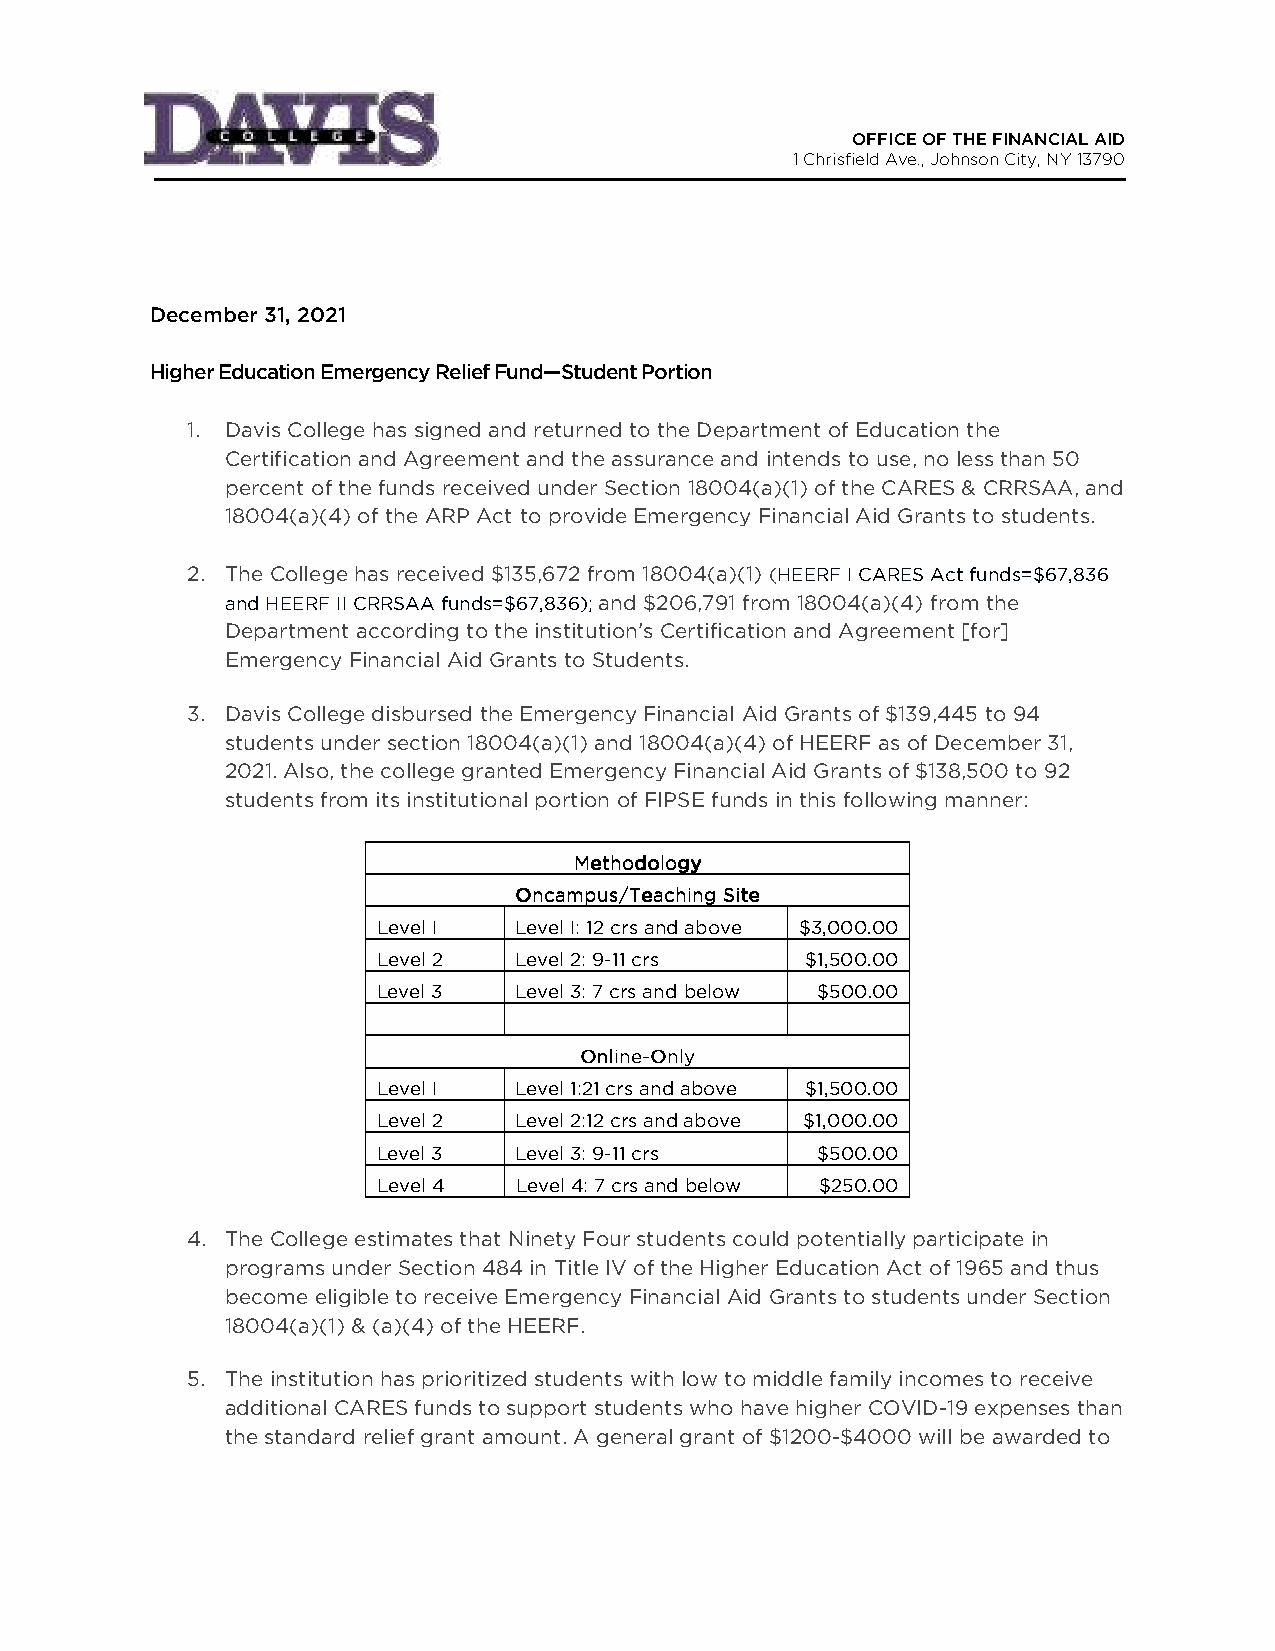
OFFICE OF THE FINANCIAL AID
 1 Chrisfield Ave., Johnson City, NY 13790
 December 31, 2021
 Higher Education Emergency Relief Fund—Student Portion
 1. Davis College has signed and returned to the Department of Education the
 Certification and Agreement and the assurance and intends to use, no less than 50
 percent of the funds received under Section 18004(a)(1) of the CARES & CRRSAA, and
 18004(a)(4) of the ARP Act to provide Emergency Financial Aid Grants to students.
 2. The College has received $135,672 from 18004(a)(1) (HEERF I CARES Act funds=$67,836
 and HEERF II CRRSAA funds=$67,836); and $206,791 from 18004(a)(4) from the
 Department according to the institution’s Certification and Agreement [for]
 Emergency Financial Aid Grants to Students.
 3. Davis College disbursed the Emergency Financial Aid Grants of $139,445 to 94
 students under section 18004(a)(1) and 18004(a)(4) of HEERF as of December 31,
 2021. Also, the college granted Emergency Financial Aid Grants of $138,500 to 92
 students from its institutional portion of FIPSE funds in this following manner:
 MMMMeeeetttthhhhooooddddoooollllooooggggyyyy
 OOOOnnnnccccaaaammmmppppuuuussss////TTTTeeeeaaaacccchhhhiiiinnnngggg SSSSiiiitttteeee
 Level I  Level I: 12 crs and above $3,000.00
 Level 2  Level 2: 9-11 crs  $1,500.00
 Level 3  Level 3: 7 crs and below $500.00
 OOOOnnnnlllliiiinnnneeee----OOOOnnnnllllyyyy
 Level I  Level 1:21 crs and above $1,500.00
 Level 2  Level 2:12 crs and above $1,000.00
 Level 3  Level 3: 9-11 crs   $500.00
 Level 4  Level 4: 7 crs and below $250.00
 4. The College estimates that Ninety Four students could potentially participate in
 programs under Section 484 in Title IV of the Higher Education Act of 1965 and thus
 become eligible to receive Emergency Financial Aid Grants to students under Section
 18004(a)(1) & (a)(4) of the HEERF.
 5. The institution has prioritized students with low to middle family incomes to receive
 additional CARES funds to support students who have higher COVID-19 expenses than
 the standard relief grant amount. A general grant of $1200-$4000 will be awarded to